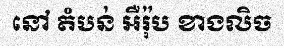
នៅ តំបន់ អឺរ៉ុប ខាងលិច